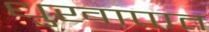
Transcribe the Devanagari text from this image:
धुखापात